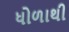
ધોળાથી